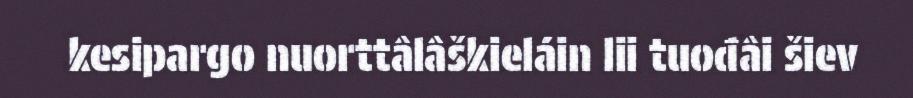
kesipargo nuorttâlâškieláin lii tuođâi šiev